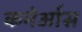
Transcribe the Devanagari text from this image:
कमेओंस